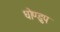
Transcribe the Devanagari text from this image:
धोण्डुप